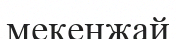
мекенжай